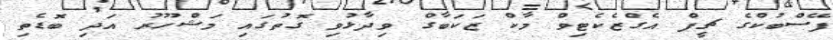
ފޭސްބުކްގެ ޗީފް އެގްޒެކެޓިވް މާކް ޒަކަބާގް ވިދާޅުވި ގޮތުގައި މަޝްހޫރު އަދި ބޮޑެތި